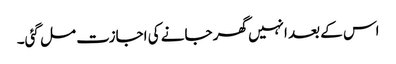
اس کے بعد انہیں گھر جانے کی اجازت مل گئی۔